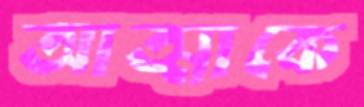
আত্মাকে